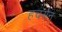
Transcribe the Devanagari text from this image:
हचर्सन